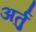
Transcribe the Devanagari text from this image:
अर्तु